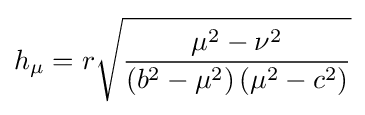
h_{\mu }=r{\sqrt {\frac {\mu ^{2}-\nu ^{2}}{\left(b^{2}-\mu ^{2}\right)\left(\mu ^{2}-c^{2}\right)}}}